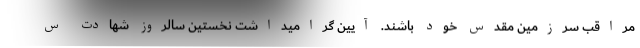
مراقب سرزمین مقدس خود باشند. آیین گرامیداشت نخستین سالروز شهادت س